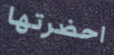
احضرتها